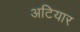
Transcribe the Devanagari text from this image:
अटियार